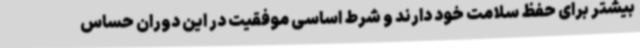
بیشتر برای حفظ سلامت خود دارند و شرط اساسی موفقیت در این دوران حساس